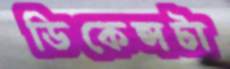
ডিকেন্সটা